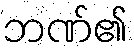
ဘဏ်၏